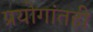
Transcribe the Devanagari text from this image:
प्रयोगांतही